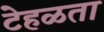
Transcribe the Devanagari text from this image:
टेहळता